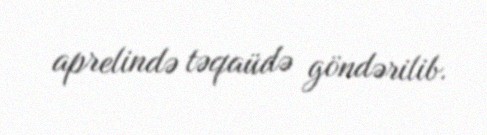
aprelində təqaüdə göndərilib.